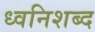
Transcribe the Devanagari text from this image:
ध्वनिशब्द